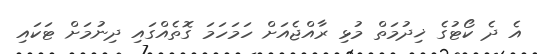
އެ ދެ ކޯޓުގެ ޚިދުމަތް މުޅި ރާއްޖެއަށް ހަމަހަމަ ގޮތެއްގައި ދިނުމަށް ޓަކައި